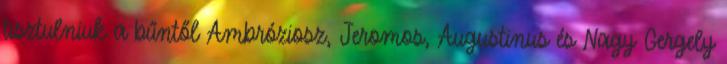
tisztulniuk a bűntől Ambróziosz, Jeromos, Augustinus és Nagy Gergely